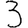
Digit: 3